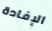
الإفادة